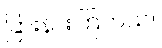
ခြားနားကြတယ်။